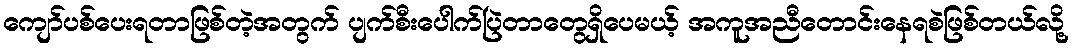
ကျော်ပစ်ပေးရတာဖြစ်တဲ့အတွက် ပျက်စီးပေါက်ပြဲတာတွေရှိပေမယ့် အကူအညီတောင်းနေရစဲဖြစ်တယ်လို့